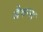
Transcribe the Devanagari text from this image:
जैवन्स